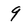
Character: 9